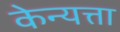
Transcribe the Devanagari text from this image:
केन्यत्ता